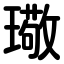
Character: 璥